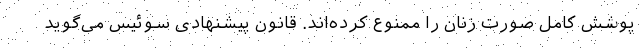
پوشش کامل صورت زنان را ممنوع کرده‌اند. قانون پیشنهادی سوئیس می‌گوید